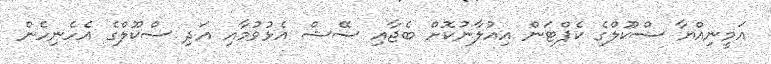
އަމީނިއްޔާ ސްކޫލްގެ ކެޕްޓަން އިއުލާނުކޮށް ބެޖާއި ސޭޝް އެޅުވުމާއި އަދި ސްކޫލްގެ އެހެނިހެން